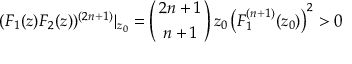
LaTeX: ( F _ { 1 } ( z ) F _ { 2 } ( z ) ) ^ { ( 2 n + 1 ) } | _ { z _ { 0 } } = \left( 2 n + 1 \atop n + 1 \right) z _ { 0 } \left( F _ { 1 } ^ { ( n + 1 ) } ( z _ { 0 } ) \right) ^ { 2 } > 0